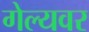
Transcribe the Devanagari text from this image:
गेल्यवर